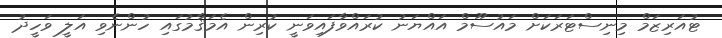
ޓުއަރިޒަމް މިނިސްޓަރަކަށް މައުސޫމް އައްޔަނު ކުރައްވާފައިވަނީ ކުރިން އެމަޤާމުގައި ހުންނެވި އަލީ ވަހީދު